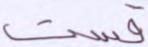
قست